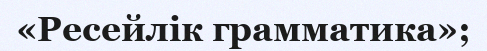
«Ресейлік грамматика»;